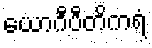
ယောဂီပီတိကရံ